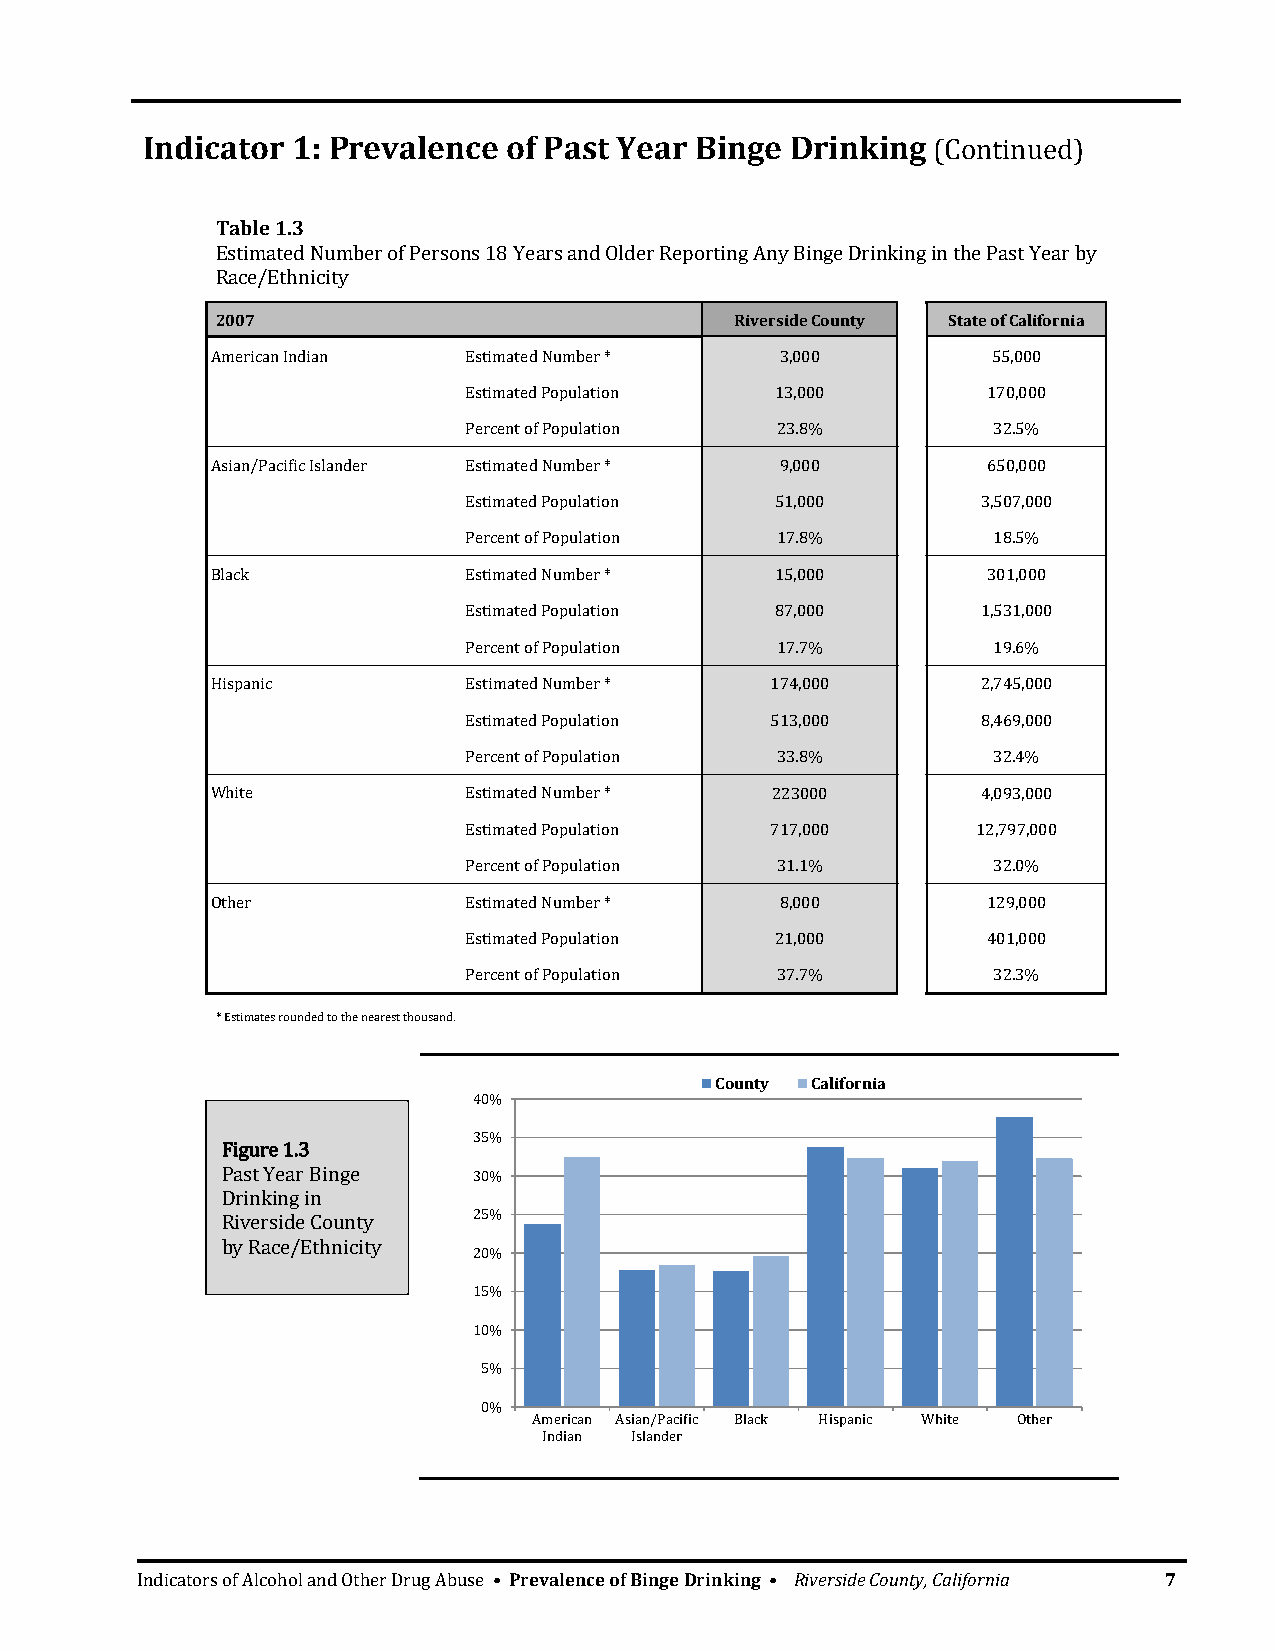
Indicator 1: Prevalence  of Past Year Binge Drinking (Continued)
 Table 1.3
 Estimated Number of Persons 18 Years and Older Reporting Any Binge Drinking in the Past Year by
 Race/Ethnicity
 2007                               Riverside County State of California
 American Indian  Estimated Number *   3,000         55,000
 Estimated Population 13,000       170,000
 Percent of Population 23.8%        32.5%
 Asian/Pacific Islander Estimated Number * 9,000    650,000
 Estimated Population 51,000       3,507,000
 Percent of Population 17.8%        18.5%
 Black            Estimated Number *  15,000        301,000
 Estimated Population 87,000       1,531,000
 Percent of Population 17.7%        19.6%
 Hispanic         Estimated Number *  174,000       2,745,000
 Estimated Population 513,000      8,469,000
 Percent of Population 33.8%        32.4%
 White            Estimated Number *  223000        4,093,000
 Estimated Population 717,000      12,797,000
 Percent of Population 31.1%        32.0%
 Other            Estimated Number *   8,000        129,000
 Estimated Population 21,000       401,000
 Percent of Population 37.7%        32.3%
 * Estimates rounded to the nearest thousand.
 County California
 40%
 35%
 Figure 1.3
 Past Year Binge 30%
 Drinking in
 Riverside County 25%
 by Race/Ethnicity
 20%
 15%
 10%
 5%
 0%
 American Asian/Pacific Black Hispanic White Other
 Indian Islander
 Indicators of Alcohol and Other Drug Abuse • Prevalence of Binge Drinking • Riverside County, California 7